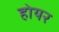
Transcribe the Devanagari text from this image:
होयर